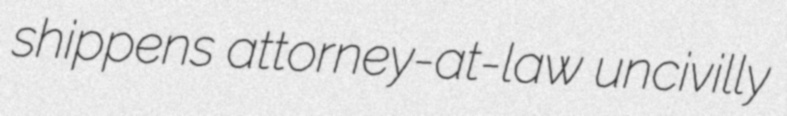
shippens attorney-at-law uncivilly